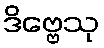
ဒိဗ္ဗေသု